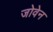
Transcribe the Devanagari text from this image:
जोवेन